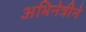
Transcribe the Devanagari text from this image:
अभिनेत्रीने